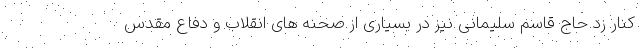
کنار زد حاج قاسم سلیمانی نیز در بسیاری از صحنه های انقلاب و دفاع مقدس